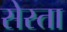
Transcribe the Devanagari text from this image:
सेस्ता